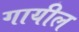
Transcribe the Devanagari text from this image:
गायील